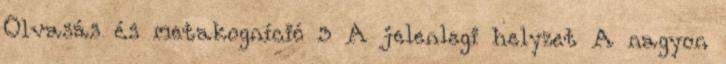
Olvasás és metakogníció 3 A jelenlegi helyzet A nagyon